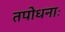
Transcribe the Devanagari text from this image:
तपोधनाः